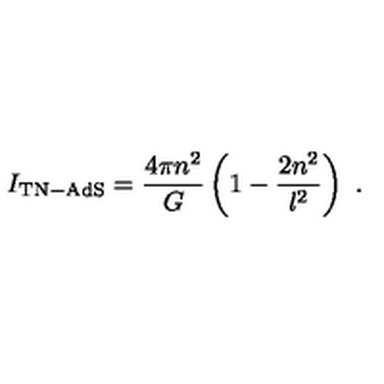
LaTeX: I _ { \mathrm { T N - A d S } } = { \frac { 4 \pi n ^ { 2 } } { G } } \left( 1 - { \frac { 2 n ^ { 2 } } { l ^ { 2 } } } \right) \ .